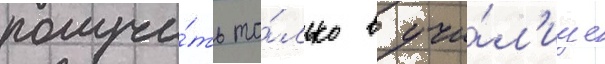
получи́ть то́лько в учи́л'ище